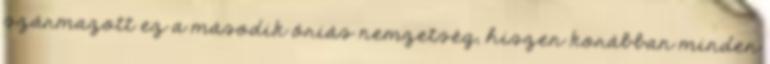
származott ez a második óriás nemzetség, hiszen korábban minden